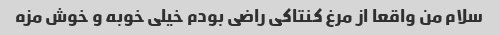
سلام من واقعا از مرغ کنتاکی راضی بودم خیلی خوبه و خوش مزه